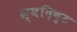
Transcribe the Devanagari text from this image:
स्वदिष्ट